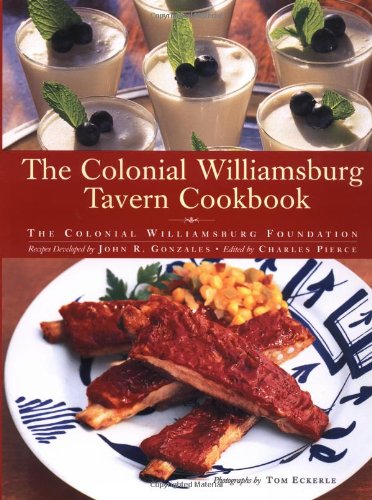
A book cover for The Colonial Williamsburg Tavern Cookbook; Colonial Williamsburg Foundation; Cookbooks, Food & Wine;